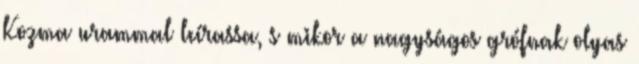
Kozma urammal leírassa, s mikor a nagyságos grófnak olyas